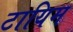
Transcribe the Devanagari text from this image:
टायिम